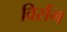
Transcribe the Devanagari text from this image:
विर्संग